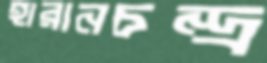
হারানচন্দ্র